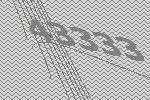
43333